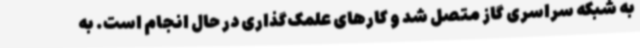
به شبکه سراسری گاز متصل شد و کارهای علمک‌گذاری در حال انجام است. به